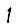
Digit: 1